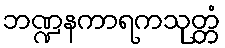
ဘဏ္ဍနကာရကသုတ္တံ